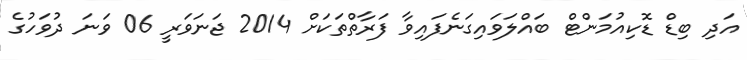
އަދި ބިޑް ޑޮކިއުމަންޓް ބައްލަވައިގަނެފައިވާ ފަރާތްތަކަށްް 2014 ޖަނަވަރީ 06 ވަނަ ދުވަހުގެ